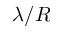
\lambda / R